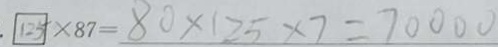
1 2 5 \times 8 7 = 8 0 \times 1 2 5 \times 7 = 7 0 0 0 0